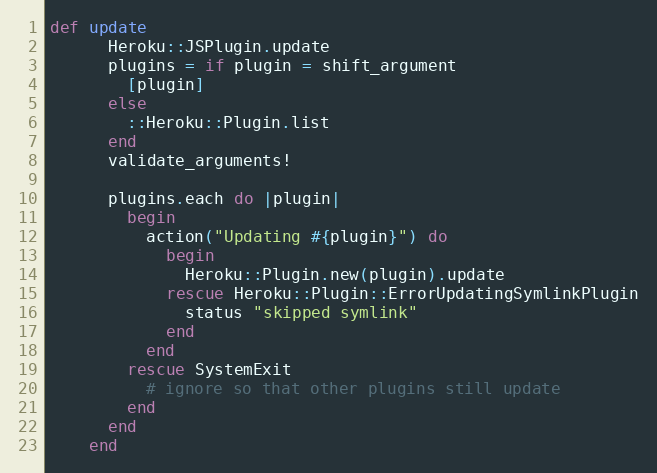
Language: Ruby
def update
      Heroku::JSPlugin.update
      plugins = if plugin = shift_argument
        [plugin]
      else
        ::Heroku::Plugin.list
      end
      validate_arguments!

      plugins.each do |plugin|
        begin
          action("Updating #{plugin}") do
            begin
              Heroku::Plugin.new(plugin).update
            rescue Heroku::Plugin::ErrorUpdatingSymlinkPlugin
              status "skipped symlink"
            end
          end
        rescue SystemExit
          # ignore so that other plugins still update
        end
      end
    end